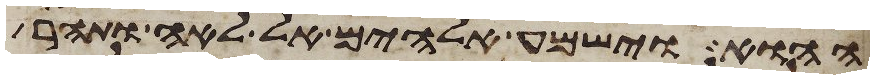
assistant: ההוא וישמע אלהים אל לאה ותהר